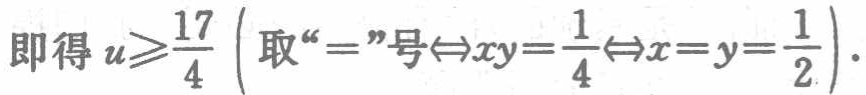
即得 \(u\geqslant\frac{17}{4}\left( \text{取“}=\text{”号}\Leftrightarrow xy = \frac{1}{4}\Leftrightarrow x = y=\frac{1}{2}\right)\).